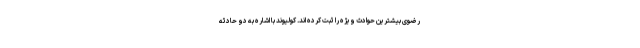
رضوی بیشترین حوادث ویژه را ثبت کرده اند. کولیوند با اشاره به دو حادثه